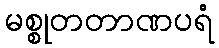
မစ္စုတတာဏပရံ